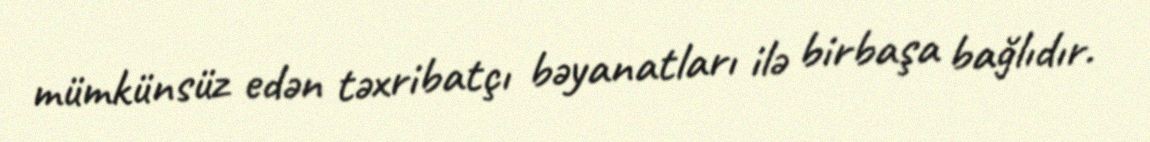
mümkünsüz edən təxribatçı bəyanatları ilə birbaşa bağlıdır.